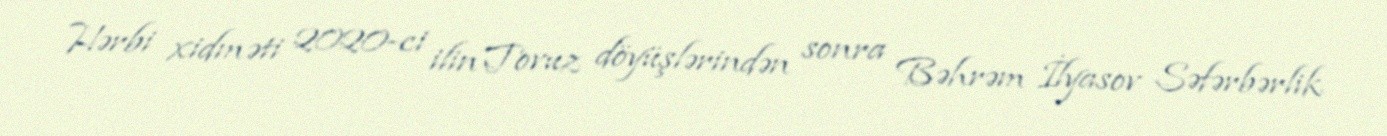
Hərbi xidməti 2020-ci ilin Tovuz döyüşlərindən sonra Bəhrəm İlyasov Səfərbərlik